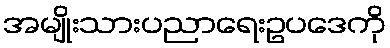
အမျိုးသားပညာရေးဥပဒေကို